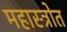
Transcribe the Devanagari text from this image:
महास्त्रोत